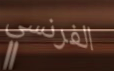
الفرنسي